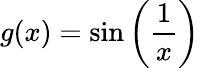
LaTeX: g(x)=\sin\left({\frac{1}{x}}\right)